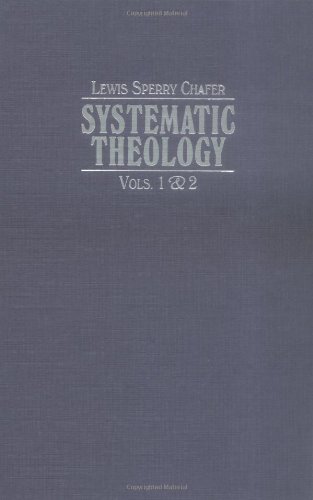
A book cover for Systematic Theology (4 Volume Set); Lewis Sperry Chafer; Christian Books & Bibles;